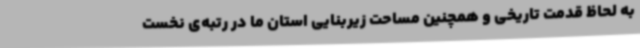
به لحاظ قدمت تاریخی و همچنین مساحت زیربنایی استان ما در رتبه‌ی نخست